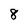
Character: 8